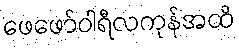
ဖေဖော်ဝါရီလကုန်အထိ